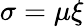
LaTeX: \sigma=\mu\xi